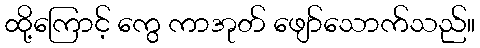
ထို့ကြောင့် ကွေ ကာအုတ် ဖျော်သောက်သည်။